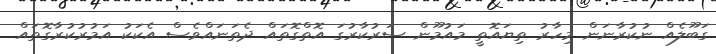
ގަބޫލެއް ނުކުރާނަން މިހާރު ތިޔައޮތީ މައުމޫން ސަރުކާރުގަ އޮތްގޮތައް ދެތަނައްވެސް އެކަކު އަމުރުކުރާގޮތައް